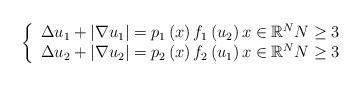
LaTeX: \begin{align*}\left\{ \begin{array}{l}\Delta u_{1}+\left\vert \nabla u_{1}\right\vert =p_{1}\left( x\right)f_{1}\left( u_{2}\right) x\in \mathbb{R}^{N}N\geq 3 \\ \Delta u_{2}+\left\vert \nabla u_{2}\right\vert =p_{2}\left( x\right)f_{2}\left( u_{1}\right) x\in \mathbb{R}^{N}N\geq 3\end{array}\right. \end{align*}